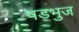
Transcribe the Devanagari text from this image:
षडभुज